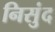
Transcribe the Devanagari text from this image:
निसुंद